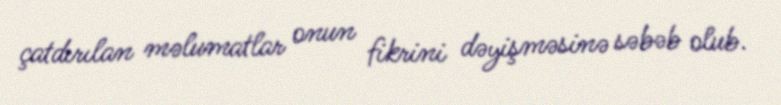
çatdırılan məlumatlar onun fikrini dəyişməsinə səbəb olub.